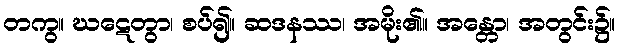
တကွ။ ဃဋေတွာ၊ စပ်၍။ ဆဒနဿ၊ အမိုး၏။ အန္တော၊ အတွင်း၌။